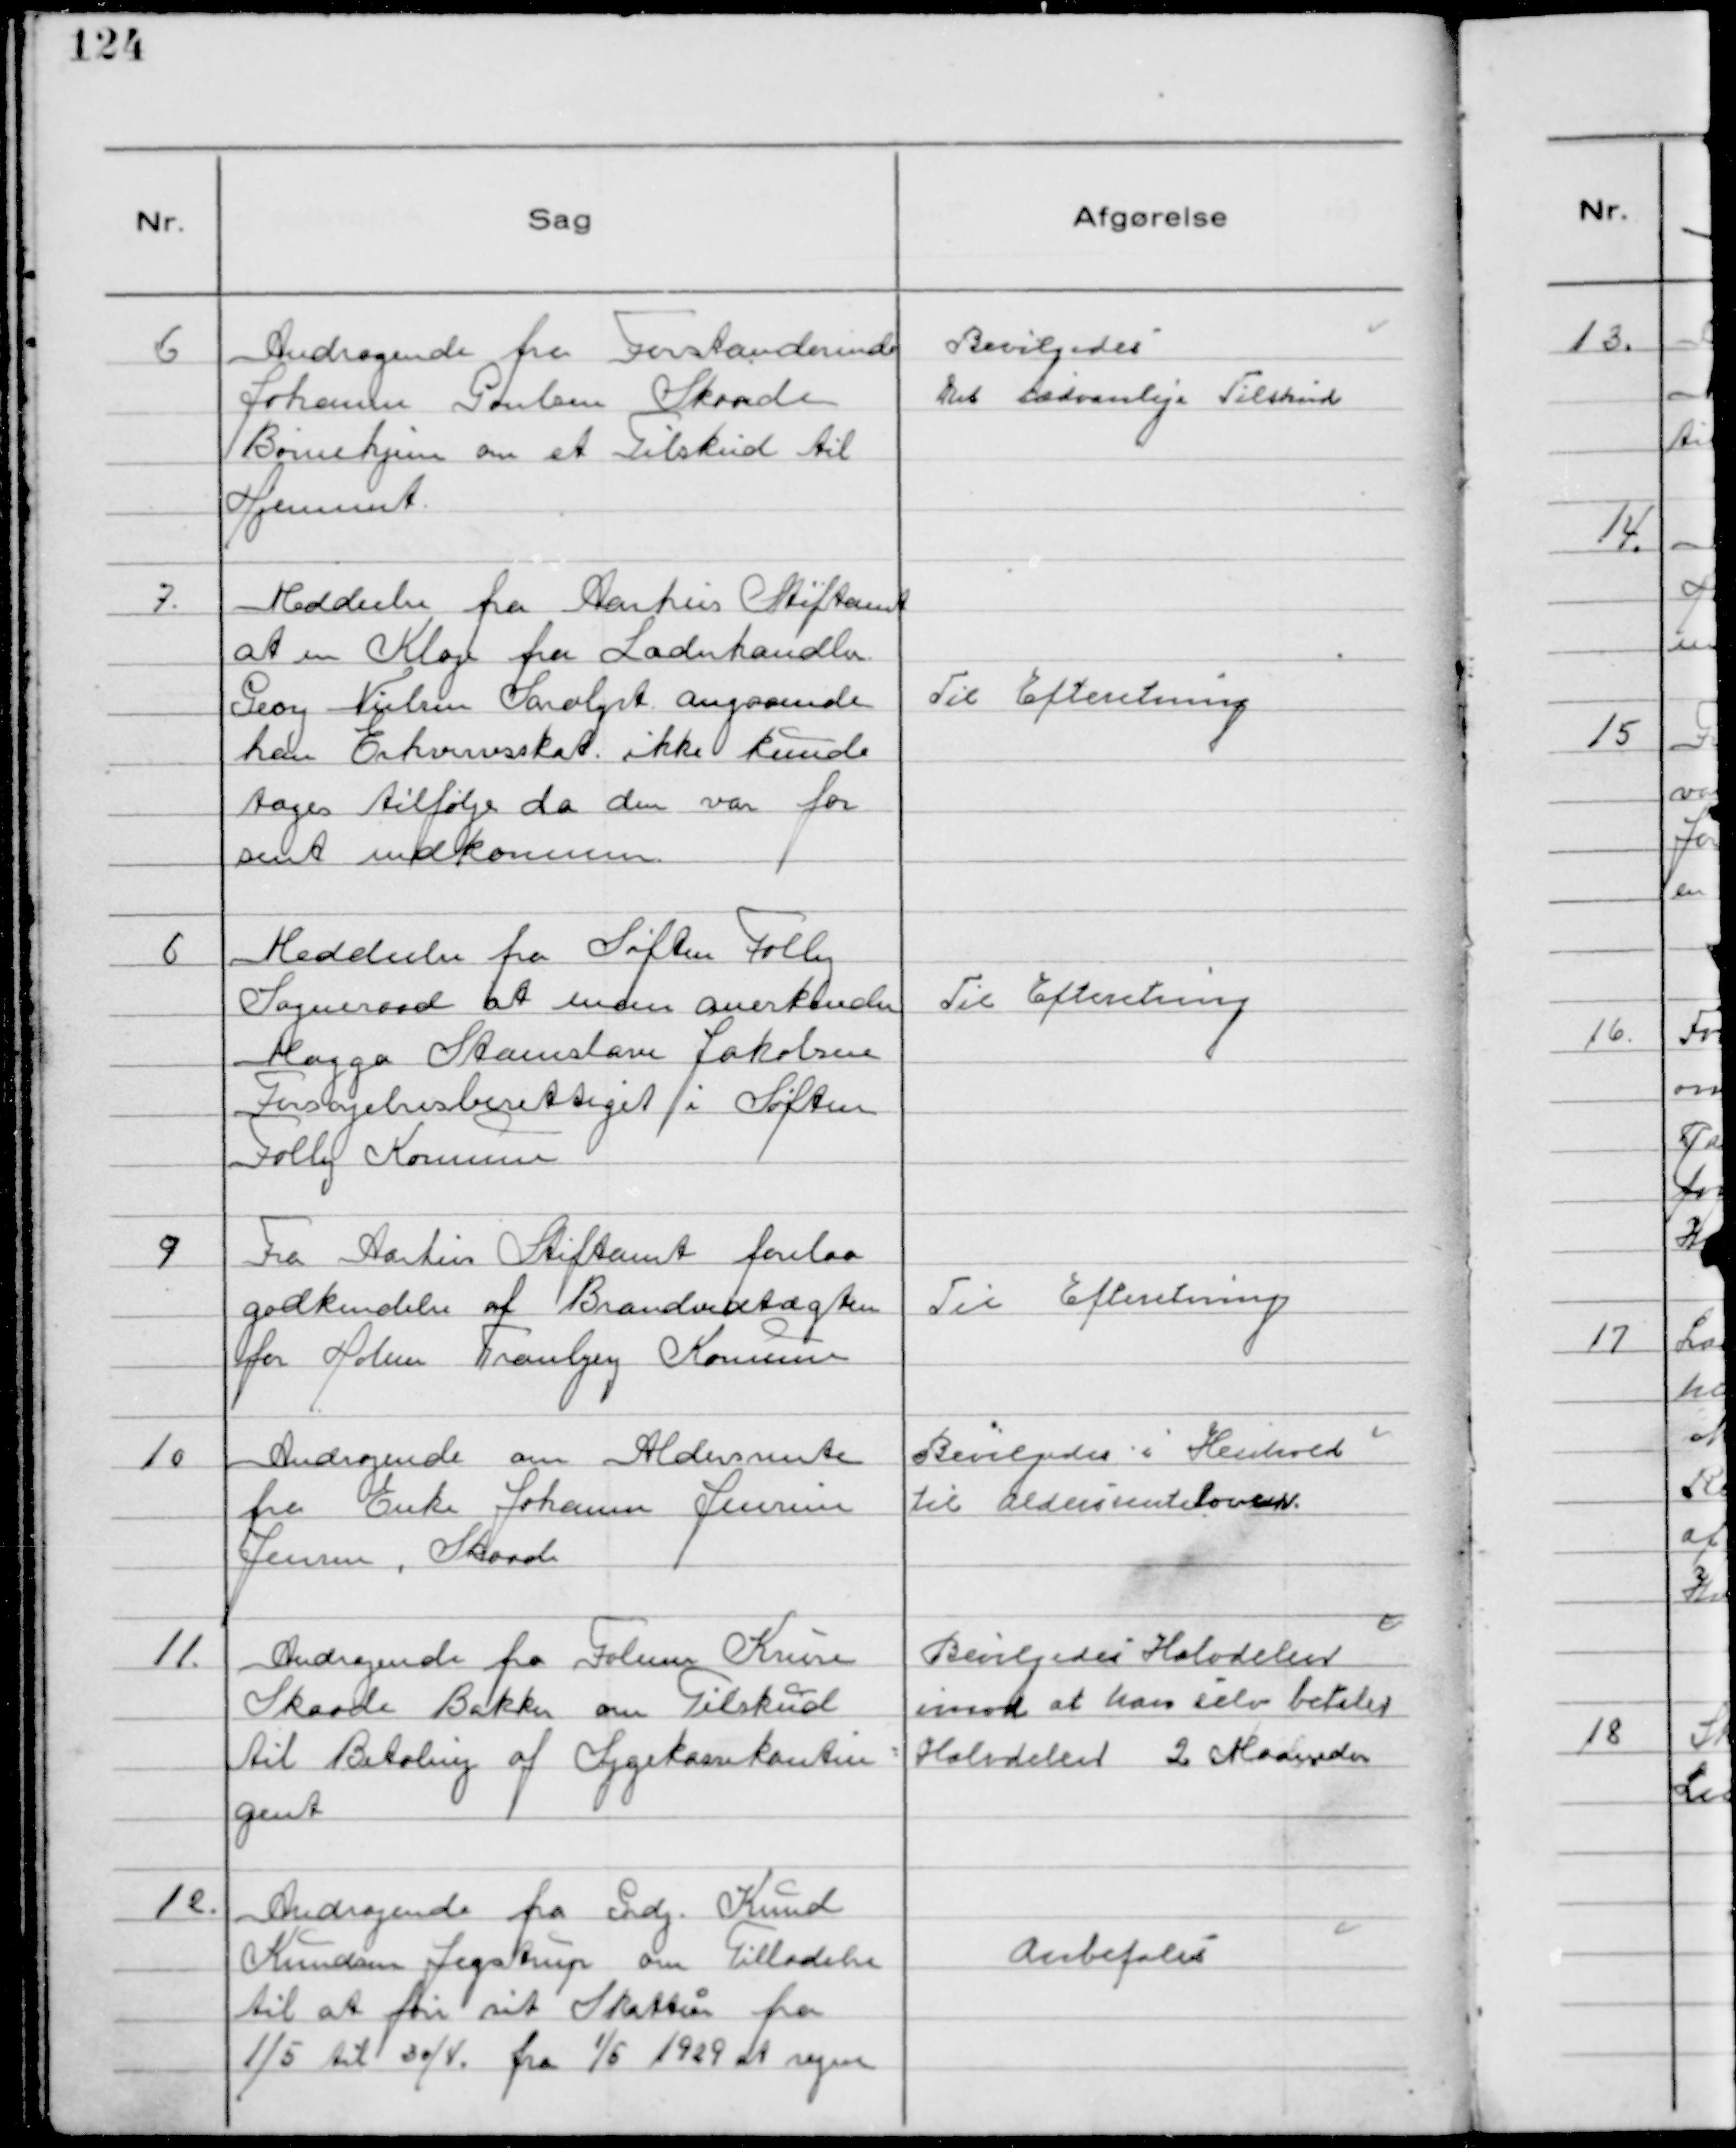
Transskription:
6
Andragende fra Forstanderinde
Johanne Poulsen Skaade
Børnehjem om et Tilskud til
Hjemmet.

Bevilgedes
Det sædvanlige Tilskud

7.
Meddeelse fra Aarhus Stiftamt
at en Klage fra Ladnhandler
Georg Nielsen Saralyst angaaende
han Erhvervsskat ikke kunde
tages tilfølge da den var for
sent indkommen.

Til Efteretning

6
Meddeelse fra Søften Folby
Sogneraad at man anerkender
Magga Stamslave Jakobsen
Forsørgelsesberettiget i Søften
Folby Kommune

Til Efteretning

9
Fra Aarhus Stiftamt forelaa
godkendelse af Brandvedtægten
for Holme Tranbjerg Kommune

Til Efteretning

10
Andragende om Aldersrente
fra Enke Johanne Jensine
Jensen, Skaade

Bevilgedes i Henhold
til Aldersrenteloven.

11.
Andragende fra Folmer Kruse
Skaade Bakker om Tilskud
til Betaling af Sygekassekontin-
gent

Bevilgedes Halvdelen
imod at han selv betaler
Halvdelen 2 Maaneder

12.
Andragende fra Grdj. Knud
Knudsen Jegstrup om Tilladelse
til at føre sit Skatteår fra
1/5 til 30/4. fra 1/5 1929 at regne

Anbefales